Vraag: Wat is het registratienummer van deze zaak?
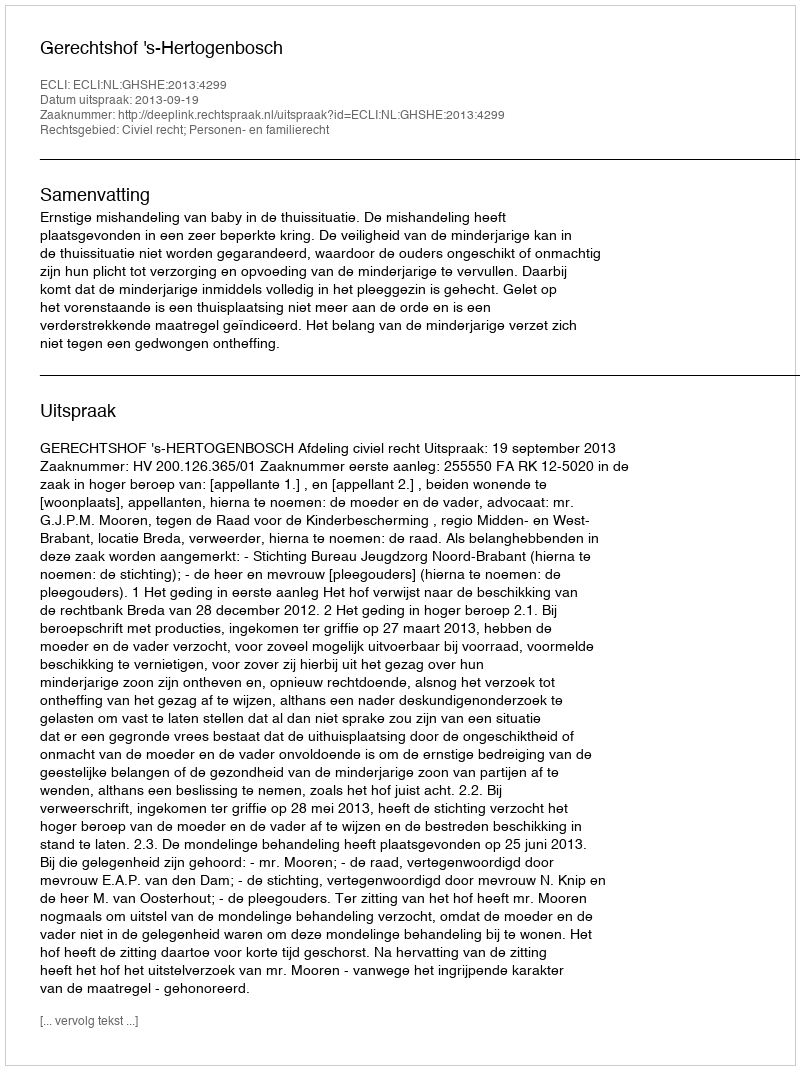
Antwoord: http://deeplink.rechtspraak.nl/uitspraak?id=ECLI:NL:GHSHE:2013:4299